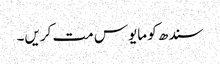
سندھ کو مایوس مت کریں۔